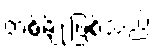
တစ်မျိုးဖြစ်သည်